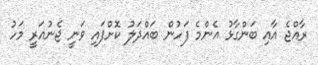
ރާއްޖެ އާއި ބަންގާޅު އެންމެ ފަހުން ބައްދަލު ކޮށްފައި ވަނީ ޖެނުއަރީ މަހު